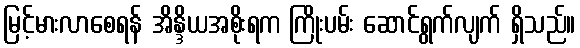
မြင့်မားလာစေရန် အိန္ဒိယအစိုးရက ကြိုးပမ်း ဆောင်ရွက်လျက် ရှိသည်။